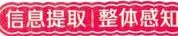
信息提取 整体感知